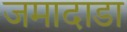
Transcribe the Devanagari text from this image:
जमादाडा